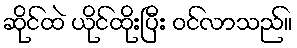
ဆိုင်ထဲ ယိုင်ထိုးပြီး ဝင်လာသည်။